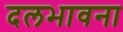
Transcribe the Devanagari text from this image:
दलभावना